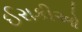
ઈરાકીઓ